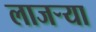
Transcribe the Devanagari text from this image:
लाजर्‍या